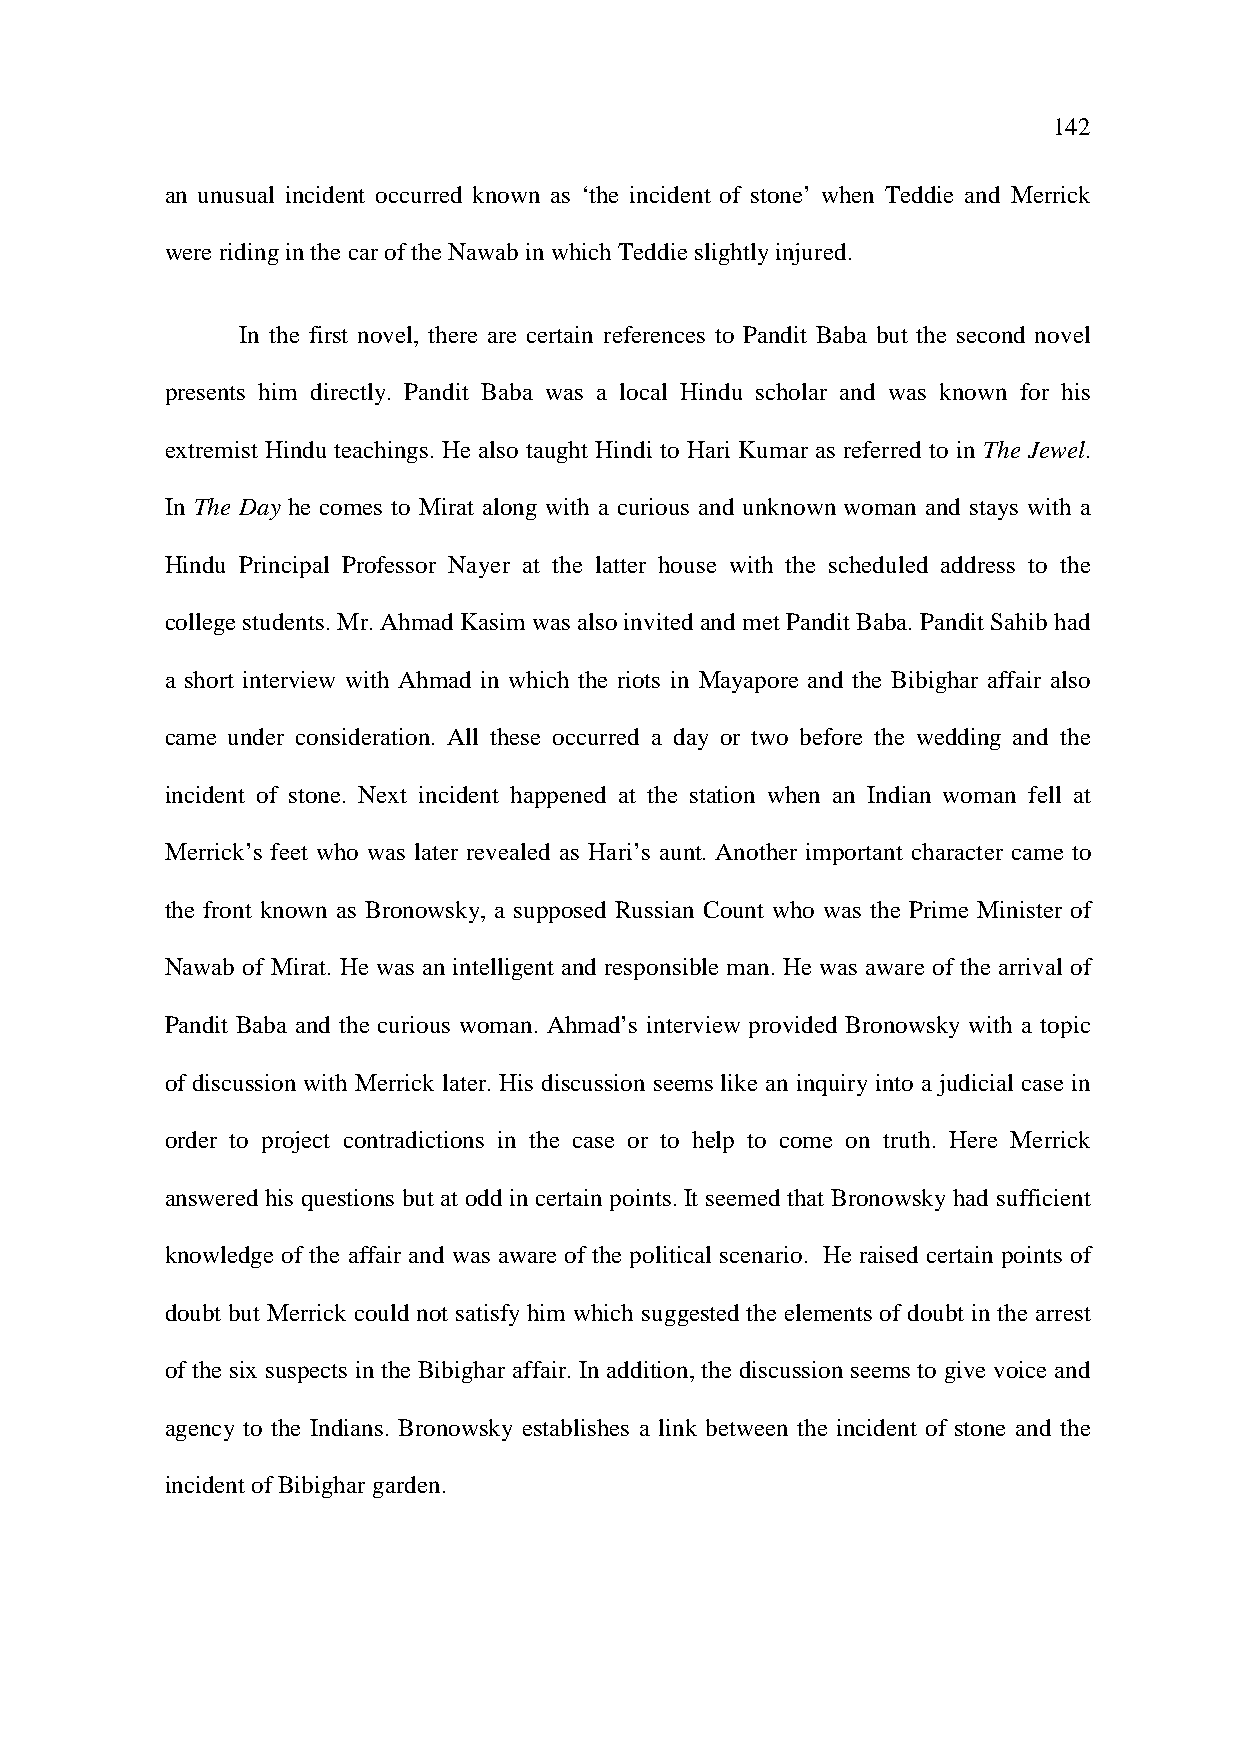
142
 an unusual incident occurred known as ‘the incident of stone’ when Teddie and Merrick
 were riding in the car of the Nawab in which Teddie slightly injured.
 In the first novel, there are certain references to Pandit Baba but the second novel
 presents him directly. Pandit Baba was a local Hindu scholar and was known for his
 extremist Hindu teachings. He also taught Hindi to Hari Kumar as referred to in The Jewel.
 In The Day he comes to Mirat along with a curious and unknown woman and stays with a
 Hindu Principal Professor Nayer at the latter house with the scheduled address to the
 college students. Mr. Ahmad Kasim was also invited and met Pandit Baba. Pandit Sahib had
 a short interview with Ahmad in which the riots in Mayapore and the Bibighar affair also
 came under consideration. All these occurred a day or two before the wedding and the
 incident of stone. Next incident happened at the station when an Indian woman fell at
 Merrick’s feet who was later revealed as Hari’s aunt. Another important character came to
 the front known as Bronowsky, a supposed Russian Count who was the Prime Minister of
 Nawab of Mirat. He was an intelligent and responsible man. He was aware of the arrival of
 Pandit Baba and the curious woman. Ahmad’s interview provided Bronowsky with a topic
 of discussion with Merrick later. His discussion seems like an inquiry into a judicial case in
 order to project contradictions in the case or to help to come on truth. Here Merrick
 answered his questions but at odd in certain points. It seemed that Bronowsky had sufficient
 knowledge of the affair and was aware of the political scenario. He raised certain points of
 doubt but Merrick could not satisfy him which suggested the elements of doubt in the arrest
 of the six suspects in the Bibighar affair. In addition, the discussion seems to give voice and
 agency to the Indians. Bronowsky establishes a link between the incident of stone and the
 incident of Bibighar garden.